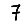
Digit: 7